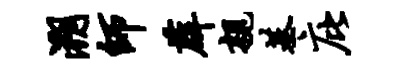
溯师薜亲基庇